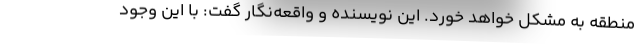
منطقه به مشکل خواهد خورد. این نویسنده و واقعه‌نگار گفت: با این وجود